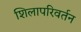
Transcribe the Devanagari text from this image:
शिलापरिवर्तन